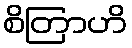
စိတြာဟိ